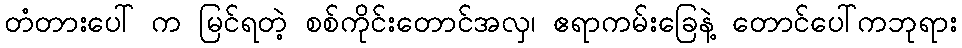
တံတားပေါ် က မြင်ရတဲ့ စစ်ကိုင်းတောင်အလှ၊ ဧရာကမ်းခြေနဲ့ တောင်ပေါ်ကဘုရား